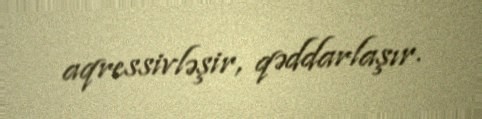
aqressivləşir, qəddarlaşır.